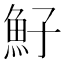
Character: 䰵